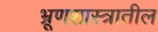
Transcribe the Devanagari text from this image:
भ्रूणशास्त्रातील